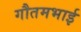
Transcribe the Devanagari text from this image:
गौतमभाई